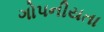
ગોપનીયતા